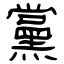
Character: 黨